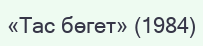
«Тас бөгет» (1984)